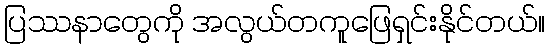
ပြဿနာတွေကို အလွယ်တကူဖြေရှင်းနိုင်တယ်။